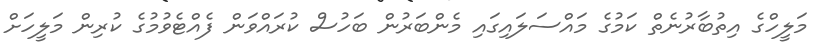
މަލީހްގެ އިތުބާރުނެތް ކަމުގެ މައްސަލައިގައި މެންބަރުން ބަހުސް ކުރައްވަން ފެއްޓެވުމުގެ ކުރިން މަލީހަށް